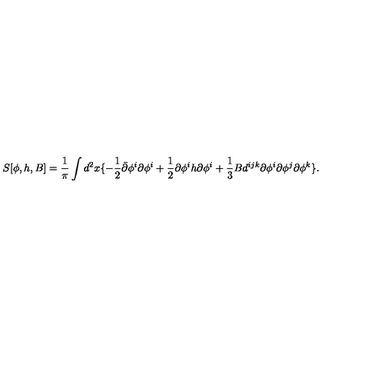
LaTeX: S [ \phi , h , B ] = \frac { 1 } { \pi } \int d ^ { 2 } x \{ - \frac { 1 } { 2 } \bar { \partial } \phi ^ { i } \partial \phi ^ { i } + \frac { 1 } { 2 } \partial \phi ^ { i } h \partial \phi ^ { i } + \frac { 1 } { 3 } B d ^ { i j k } \partial \phi ^ { i } \partial \phi ^ { j } \partial \phi ^ { k } \} .